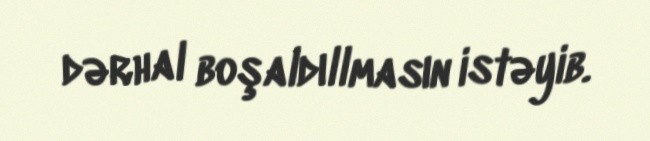
dərhal boşaldıllmasın istəyib.